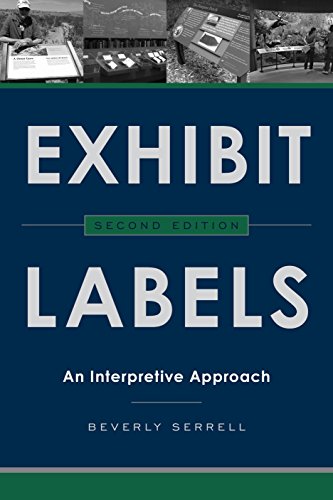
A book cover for Exhibit Labels: An Interpretive Approach; Beverly Serrell; Business & Money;